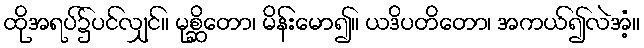
ထိုအရပ်၌ပင်လျှင်။ မုစ္ဆိတော၊ မိန်းမော၍။ ယဒိပတိတော၊ အကယ်၍လဲအံ့။